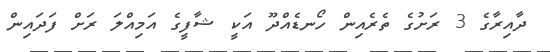
ދާއިރާގެ 3 ރަށުގެ ތެރެއިން ހޯނޑެއްދޫ އަކީ ޝާފީގެ އަމިއްލަ ރަށް ފަދައިން